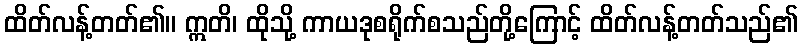
ထိတ်လန့်တတ်၏။ ဣတိ၊ ထိုသို့ ကာယဒုစရိုက်စသည်တို့ကြောင့် ထိတ်လန့်တတ်သည်၏